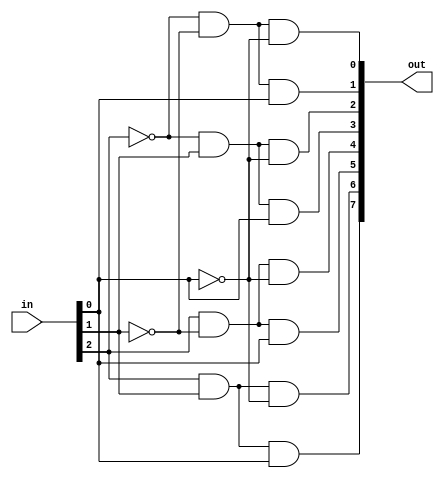
`timescale 1ns / 1ps
//////////////////////////////////////////////////////////////////////////////////
// Company: 
// Engineer: 
// 
// Design Name: 
// Module Name: decoder
// Project Name: 
// Target Devices: 
// Tool Versions: 
// Description: 
// 
// Dependencies: 
// 
// Revision:
// Revision 0.01 - File Created
// Additional Comments:
// 
//////////////////////////////////////////////////////////////////////////////////


module decoder(
    input [2:0] in,
    output [7:0] out
    );
    
    assign out[0] = ~in[2] & ~in[1] & ~in[0];
    assign out[1] = ~in[2] & ~in[1] & in[0];
    assign out[2] = ~in[2] & in[1] & ~in[0];
    assign out[3] = ~in[2] & in[1] & in[0];
    assign out[4] = in[2] & ~in[1] & ~in[0];
    assign out[5] = in[2] & ~in[1] & in[0];
    assign out[6] = in[2] & in[1] & ~in[0];
    assign out[7] = in[2] & in[1] & in[0];
    
endmodule